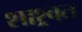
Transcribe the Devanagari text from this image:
शाश्र्वत